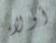
أولاء